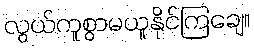
လွယ်ကူစွာမယူနိုင်ကြချေ။